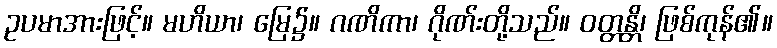
ဥပမာအားဖြင့်။ မဟိယာ၊ မြေ၌။ ဂဏိကာ၊ ဂိုဏ်းတို့သည်။ ဝတ္တန္တိ၊ ဖြစ်ကုန်၏။